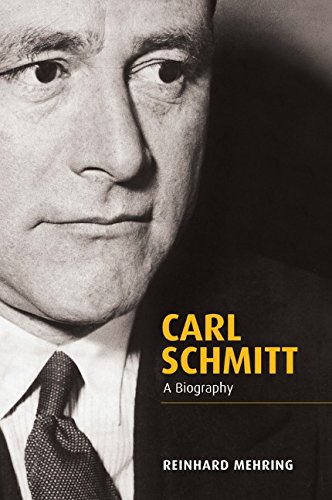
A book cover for Carl Schmitt: A Biography; Reinhard Mehring; Biographies & Memoirs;